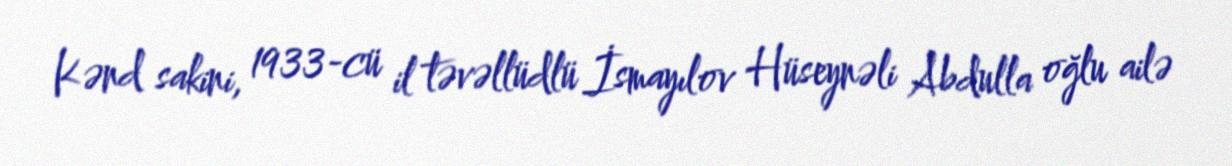
Kənd sakini, 1933-cü il təvəllüdlü İsmayılov Hüseynəli Abdulla oğlu ailə